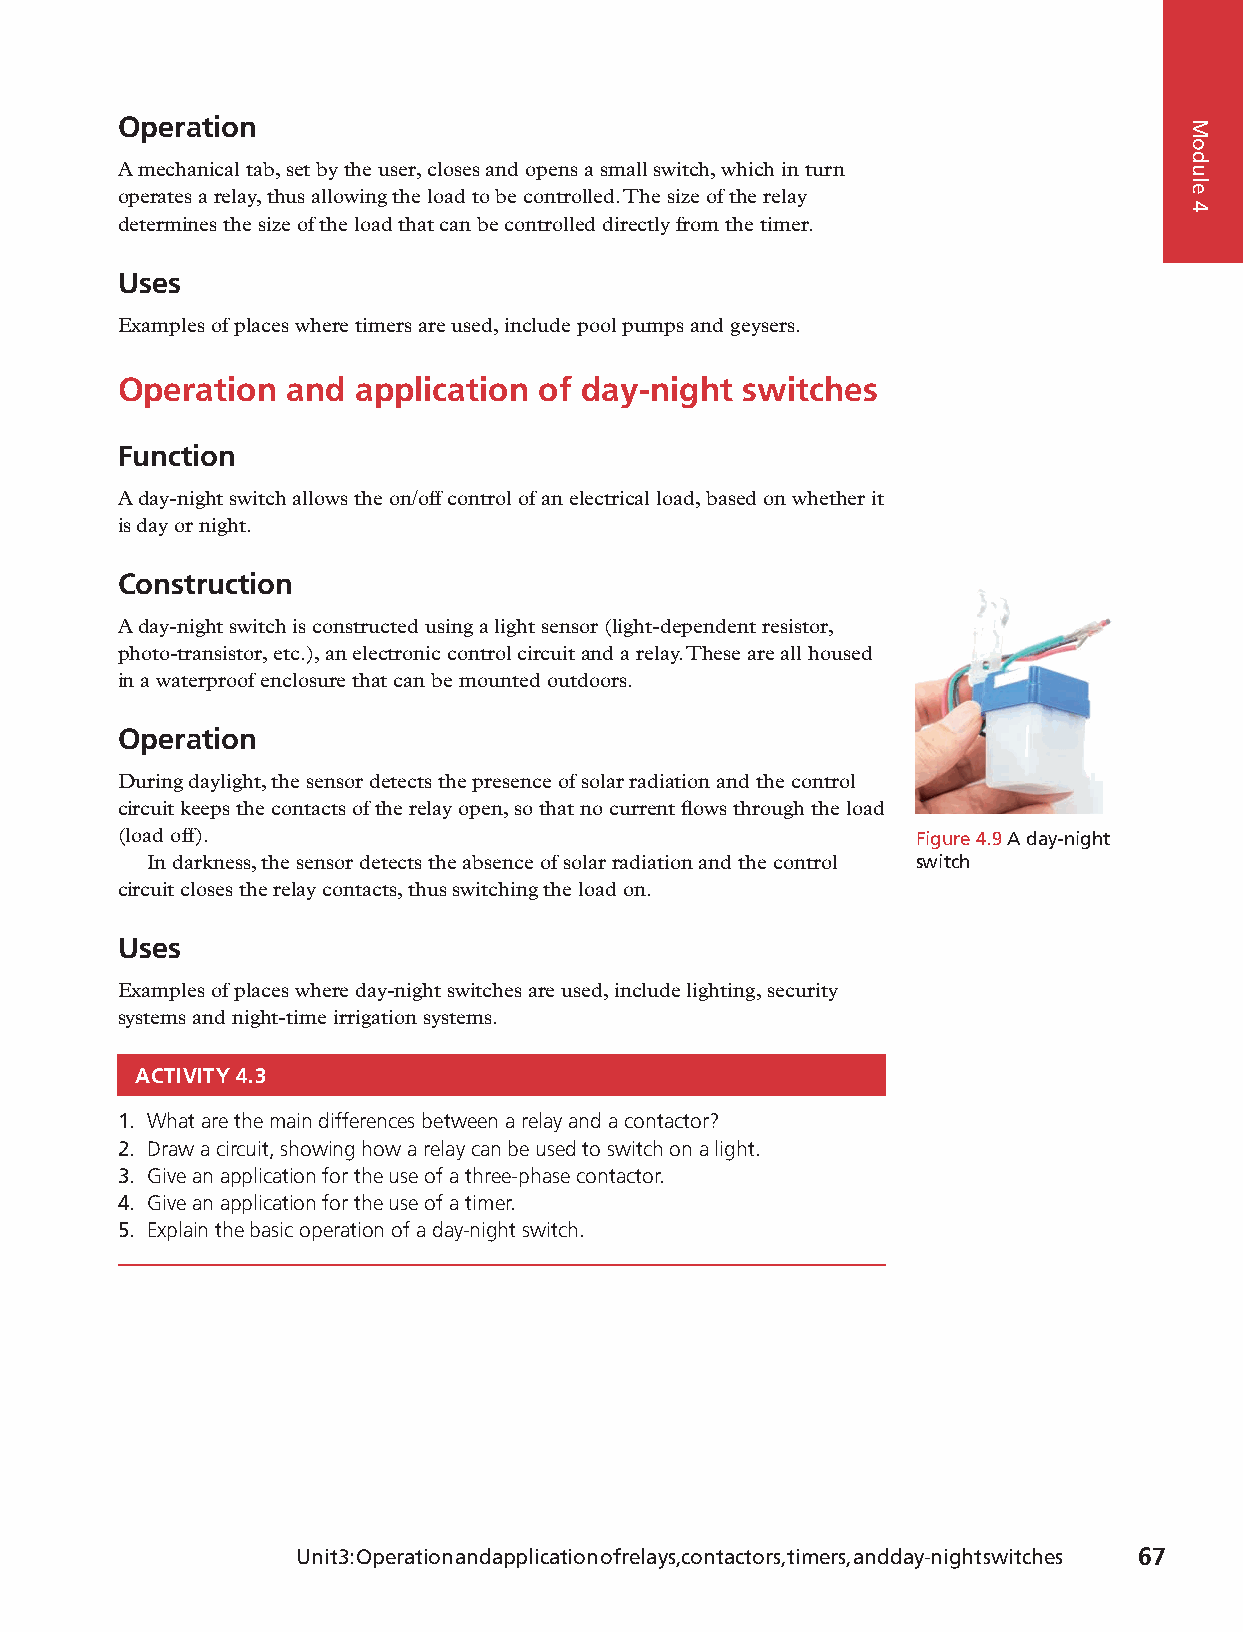
Operation
 A mechanical tab, set by the user, closes and opens a small switch, which in turn
 operates a relay, thus allowing the load to be controlled. The size of the relay
 determines the size of the load that can be controlled directly from the timer.
 Uses
 Examples of places where timers are used, include pool pumps and geysers.
 Operation  and  application of day-night switches
 Function
 A day-night switch allows the on/off control of an electrical load, based on whether it
 is day or night.
 Construction
 A day-night switch is constructed using a light sensor (light-dependent resistor,
 photo-transistor, etc.), an electronic control circuit and a relay. These are all housed
 in a waterproof enclosure that can be mounted outdoors.
 Operation
 During daylight, the sensor detects the presence of solar radiation and the control
 circuit keeps the contacts of the relay open, so that no current flows through the load
 (load off).                                          Figure 4.9 A day-night
 In darkness, the sensor detects the absence of solar radiation and the control switch
 circuit closes the relay contacts, thus switching the load on.
 Uses
 Examples of places where day-night switches are used, include lighting, security
 systems and night-time irrigation systems.
 ACTIVITY 4.3
 1. What are the main differences between a relay and a contactor?
 2. Draw a circuit, showing how a relay can be used to switch on a light.
 3. Give an application for the use of a three-phase contactor.
 4. Give an application for the use of a timer.
 5. Explain the basic operation of a day-night switch.
 Unit 3: Operation and application of relays, contactors, timers, and day-night switches 67
 9781485717386_ntd_eth_n2_stb_eng_za.indb 67                              2020/05/24 09:55
 Module
 4